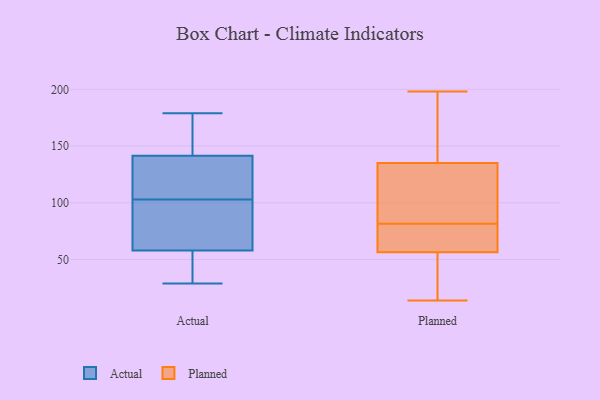
{"axis": {"x": "Customer Acquisition Cost (USD)", "y": "Value"}, "legend": ["Actual", "Planned"], "data": [{"x": "", "y": 85, "type": "Actual"}, {"x": "", "y": 31, "type": "Actual"}, {"x": "", "y": 38, "type": "Actual"}, {"x": "", "y": 78, "type": "Actual"}, {"x": "", "y": 98, "type": "Actual"}, {"x": "", "y": 29, "type": "Actual"}, {"x": "", "y": 141, "type": "Actual"}, {"x": "", "y": 179, "type": "Actual"}, {"x": "", "y": 163, "type": "Actual"}, {"x": "", "y": 108, "type": "Actual"}, {"x": "", "y": 112, "type": "Actual"}, {"x": "", "y": 142, "type": "Actual"}, {"x": "", "y": 60, "type": "Planned"}, {"x": "", "y": 133, "type": "Planned"}, {"x": "", "y": 129, "type": "Planned"}, {"x": "", "y": 40, "type": "Planned"}, {"x": "", "y": 66, "type": "Planned"}, {"x": "", "y": 165, "type": "Planned"}, {"x": "", "y": 74, "type": "Planned"}, {"x": "", "y": 53, "type": "Planned"}, {"x": "", "y": 177, "type": "Planned"}, {"x": "", "y": 51, "type": "Planned"}, {"x": "", "y": 137, "type": "Planned"}, {"x": "", "y": 89, "type": "Planned"}, {"x": "", "y": 62, "type": "Planned"}, {"x": "", "y": 198, "type": "Planned"}, {"x": "", "y": 132, "type": "Planned"}, {"x": "", "y": 14, "type": "Planned"}]}